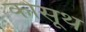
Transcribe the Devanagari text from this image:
कोसूथ